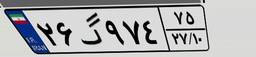
۲۶گ۹۷۴۷۵